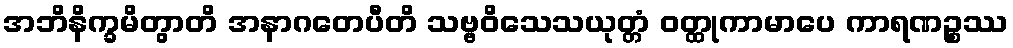
အဘိနိက္ခမိတွာတိ အနာဂတေပီတိ သဗ္ဗဝိသေသယုတ္တံ ဝတ္ထုကာမာပေ ကာရဏဉ္စဿ